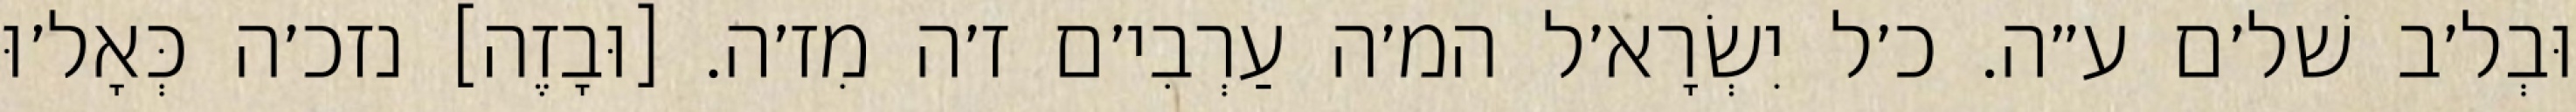
וּבְל׳ב שׁל׳ם ע״ה. כ׳ל יִשְׂרָא׳ל המ׳ה עַרְבִי׳ם ז׳ה מִז׳ה. [וּבָזֶה] נזכ׳ה כְּאָל׳וּ